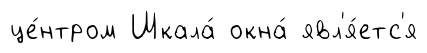
це́нтром Шкала́ окна́ явл'я́етс'я